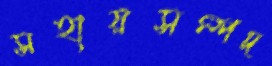
সহায়সম্পদ